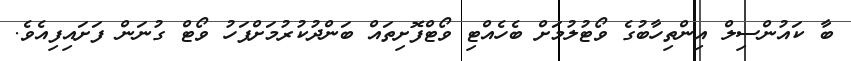
ބާ ކައުންސިލް އިންތިހާބުގެ ވޯޓުލުމަށް ބެހެއްޓި ވޯޓްފޮށިތައް ބަންދުކުރުމަށްފަހު ވޯޓް ގުނަން ފަށައިފިއެވެ.